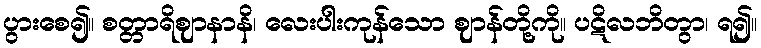
ပွားစေ၍။ စတ္တာရိဈာနာနိ၊ လေးပါးကုန်သော ဈာန်တို့ကို။ ပဋိလဘိတွာ၊ ရ၍။